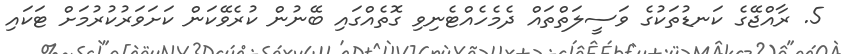
5. ރާއްޖޭގެ ކަނޑުތަކުގެ ވަސީލަތްތައް ދެމެހެއްޓެނިވި ގޮތެއްގައި ބޭނުން ކުރެވޭކަން ކަށަވަރުކުރުމަށް ޓަކައި